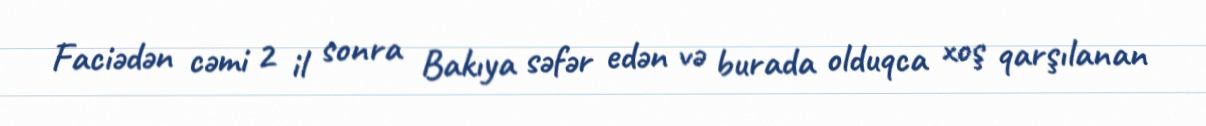
Faciədən cəmi 2 il sonra Bakıya səfər edən və burada olduqca xoş qarşılanan